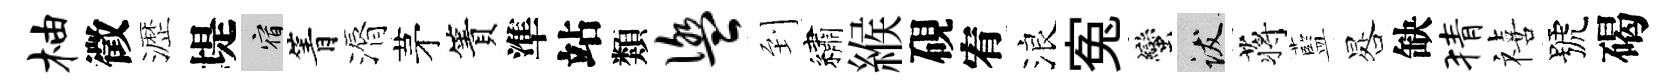
柚徵瀝堤宿箐漘茅簀準站類盥到繡緱硯宥浪寃蠻跋蒋藍晷缺猜禧號碣